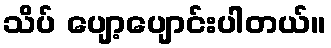
သိပ် ပျော့ပျောင်းပါတယ်။